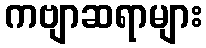
ကဗျာဆရာများ